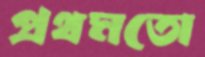
প্রথমতো